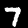
Digit: 7